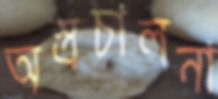
অস্ত্রচালনা